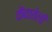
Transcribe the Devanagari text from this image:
कैवातेली